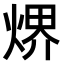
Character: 𤋽